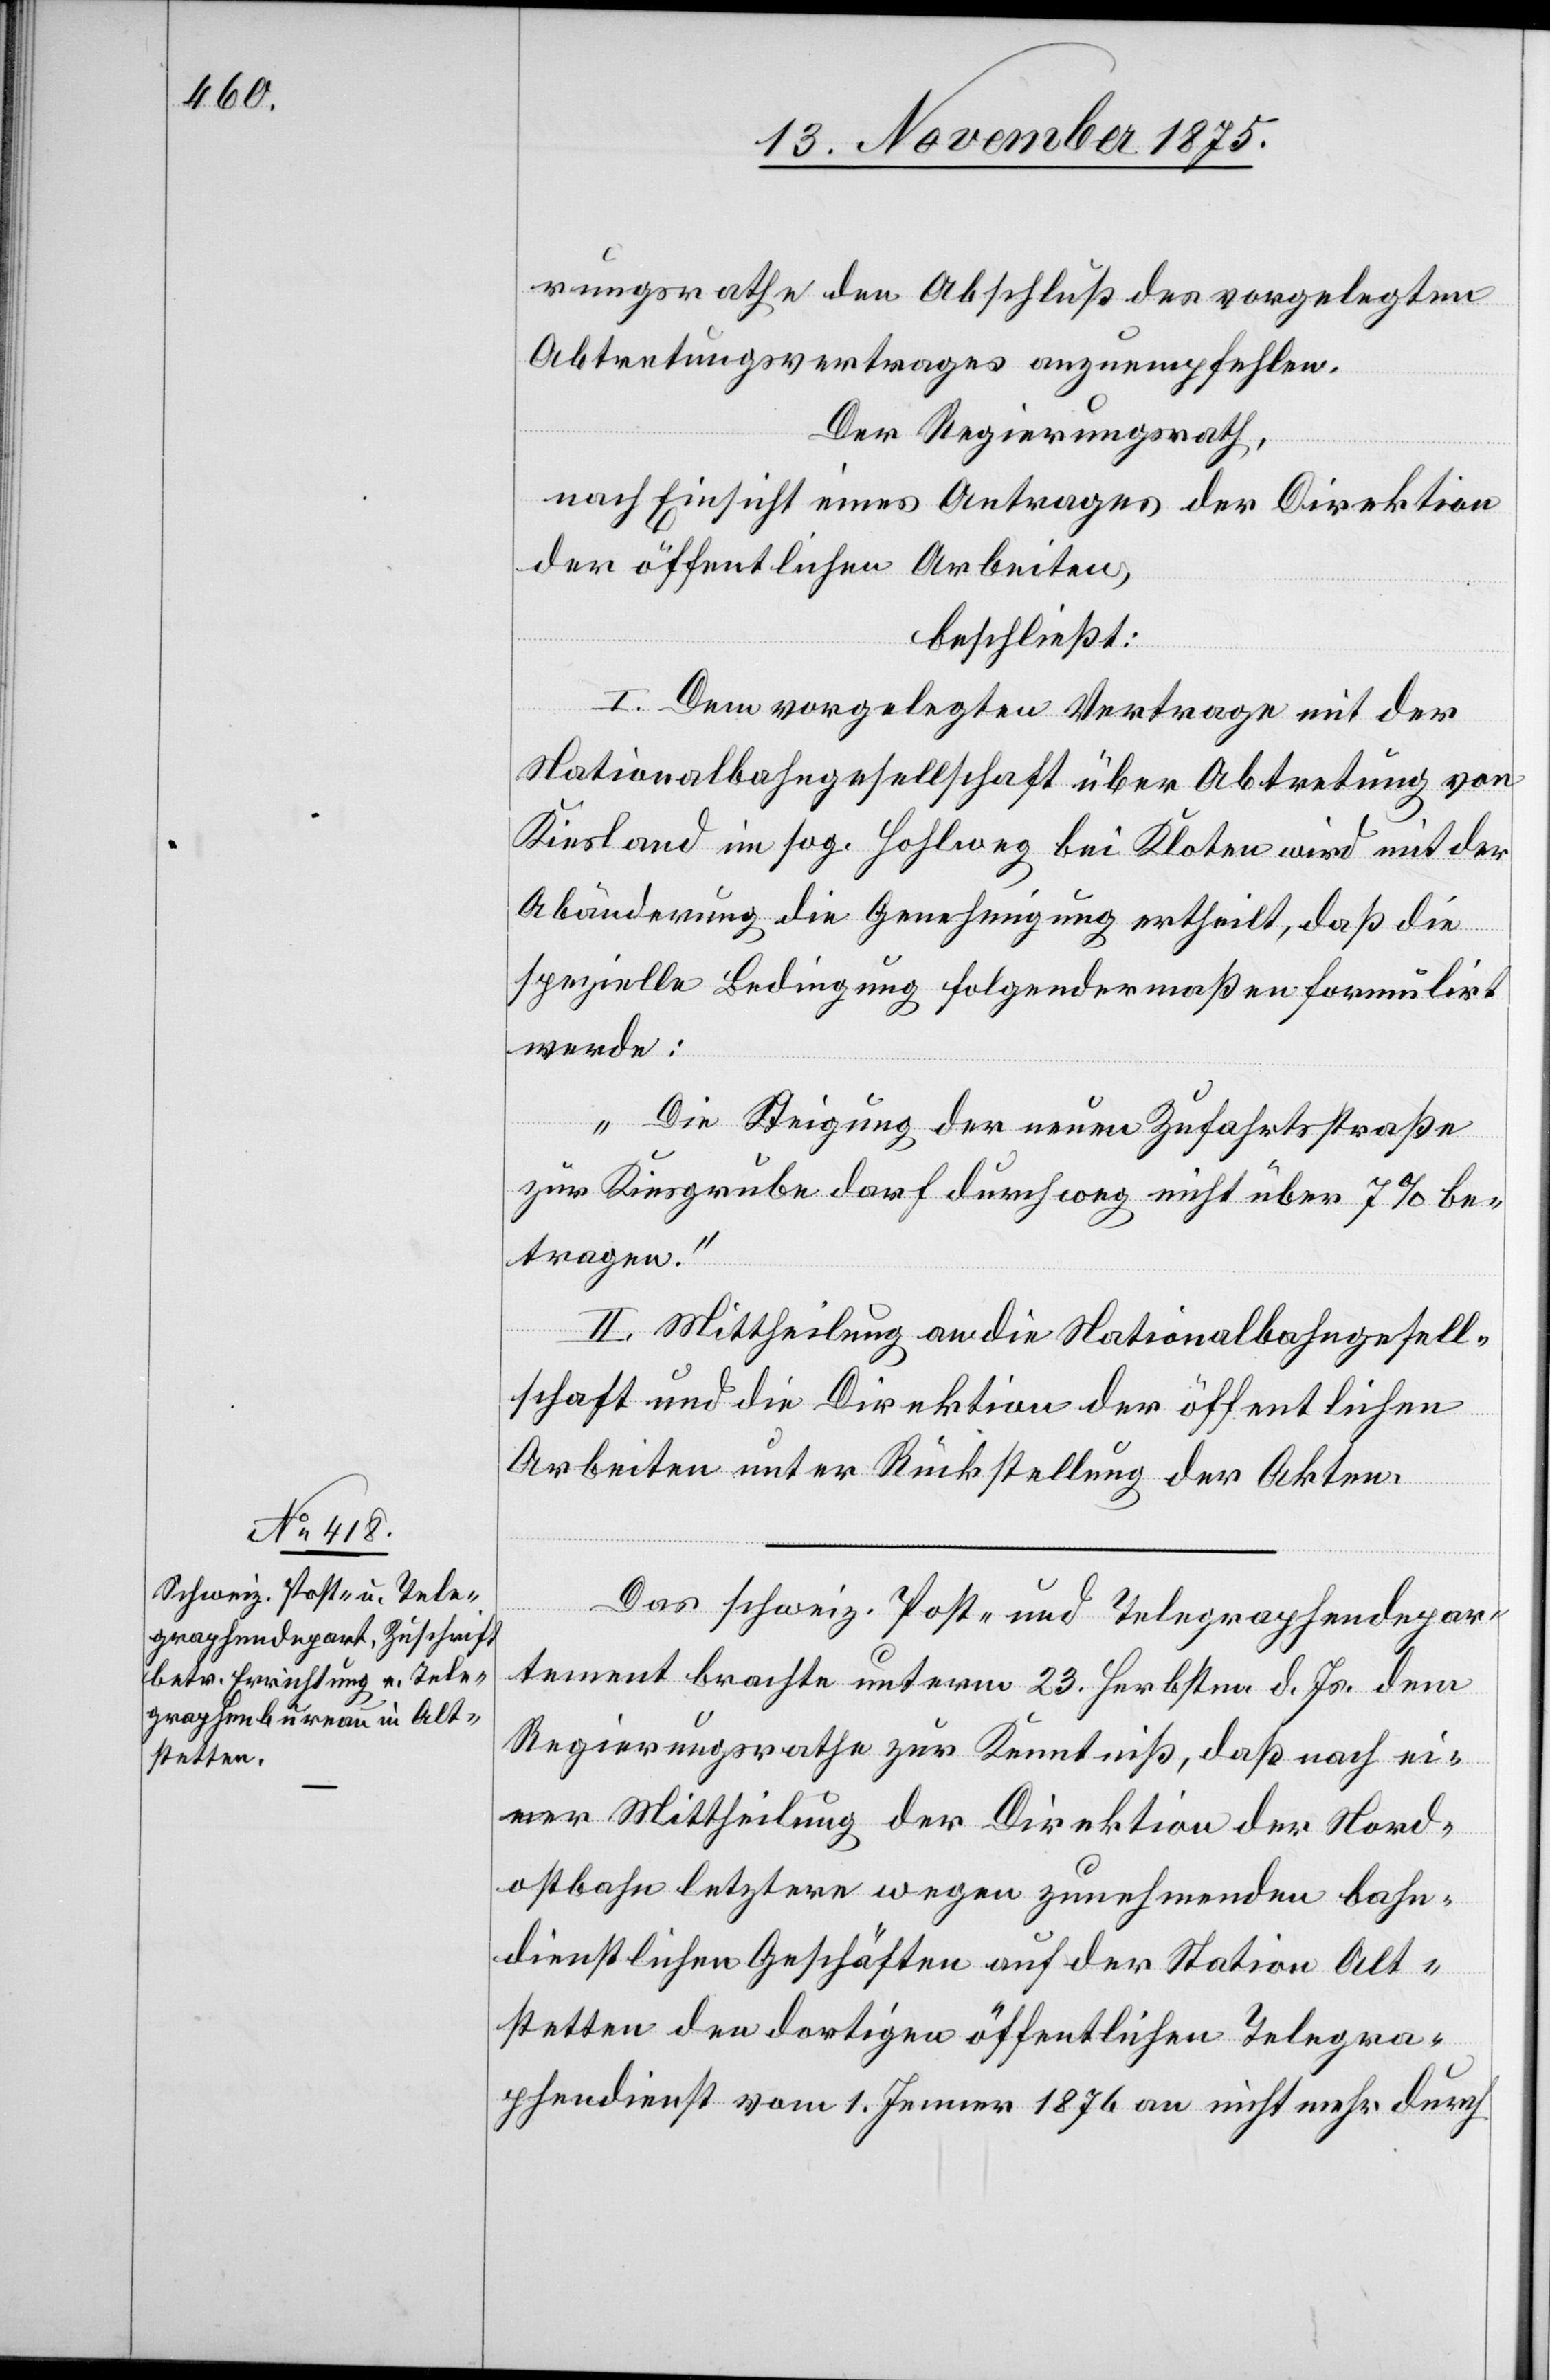
rungsrathe den Abschluß des vorgelegten
Abtretungsvertrages anzuempfehlen.
Der Regierungsrath,
nach Einsicht eines Antrages der Direktion
der öffentlichen Arbeiten,
beschließt:
I. Dem vorgelegten Vertrage mit der
Nationalbahngesellschaft über Abtretung von
Kiesland im sog. Hohlweg bei Kloten wird mit der
Abänderung die Genehmigung ertheilt, daß die
spezielle Bedingung folgendermaßen formulirt
werde:
„Die Steigung der neuen Zufahrtsstraße
zur Kiesgrube darf durchweg nicht über 7% be¬
tragen.“
II. Mittheilung an die Nationalbahngesell¬
schaft und die Direktion der öffentlichen
Arbeiten unter Rückstellung der Akten.
Das schweiz. Post- und Telegraphendepar¬
tement brachte unterm 23. Herbstm. d. Js. dem
Regierungsrathe zur Kenntniß, daß nach ei¬
ner Mittheilung der Direktion der Nord¬
ostbahn letztere wegen zunehmenden bahn¬
dienstlichen Geschäften auf der Station Alt¬
stetten den dortigen öffentlichen Telegra¬
phendienst vom 1. Jenner 1876 an nicht mehr durch